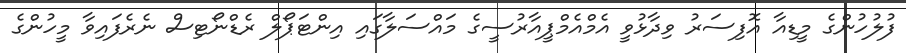
ފުލުހުންގެ މީޑިއާ އޮފިސަރު ވިދާޅުވީ އެމްއެމްޕީއާރުސީގެ މައްސަލާގައި އިންޓަޕޯލް ރެޑްނޯޓިސް ނެރެފައިވާ މީހުންގެ